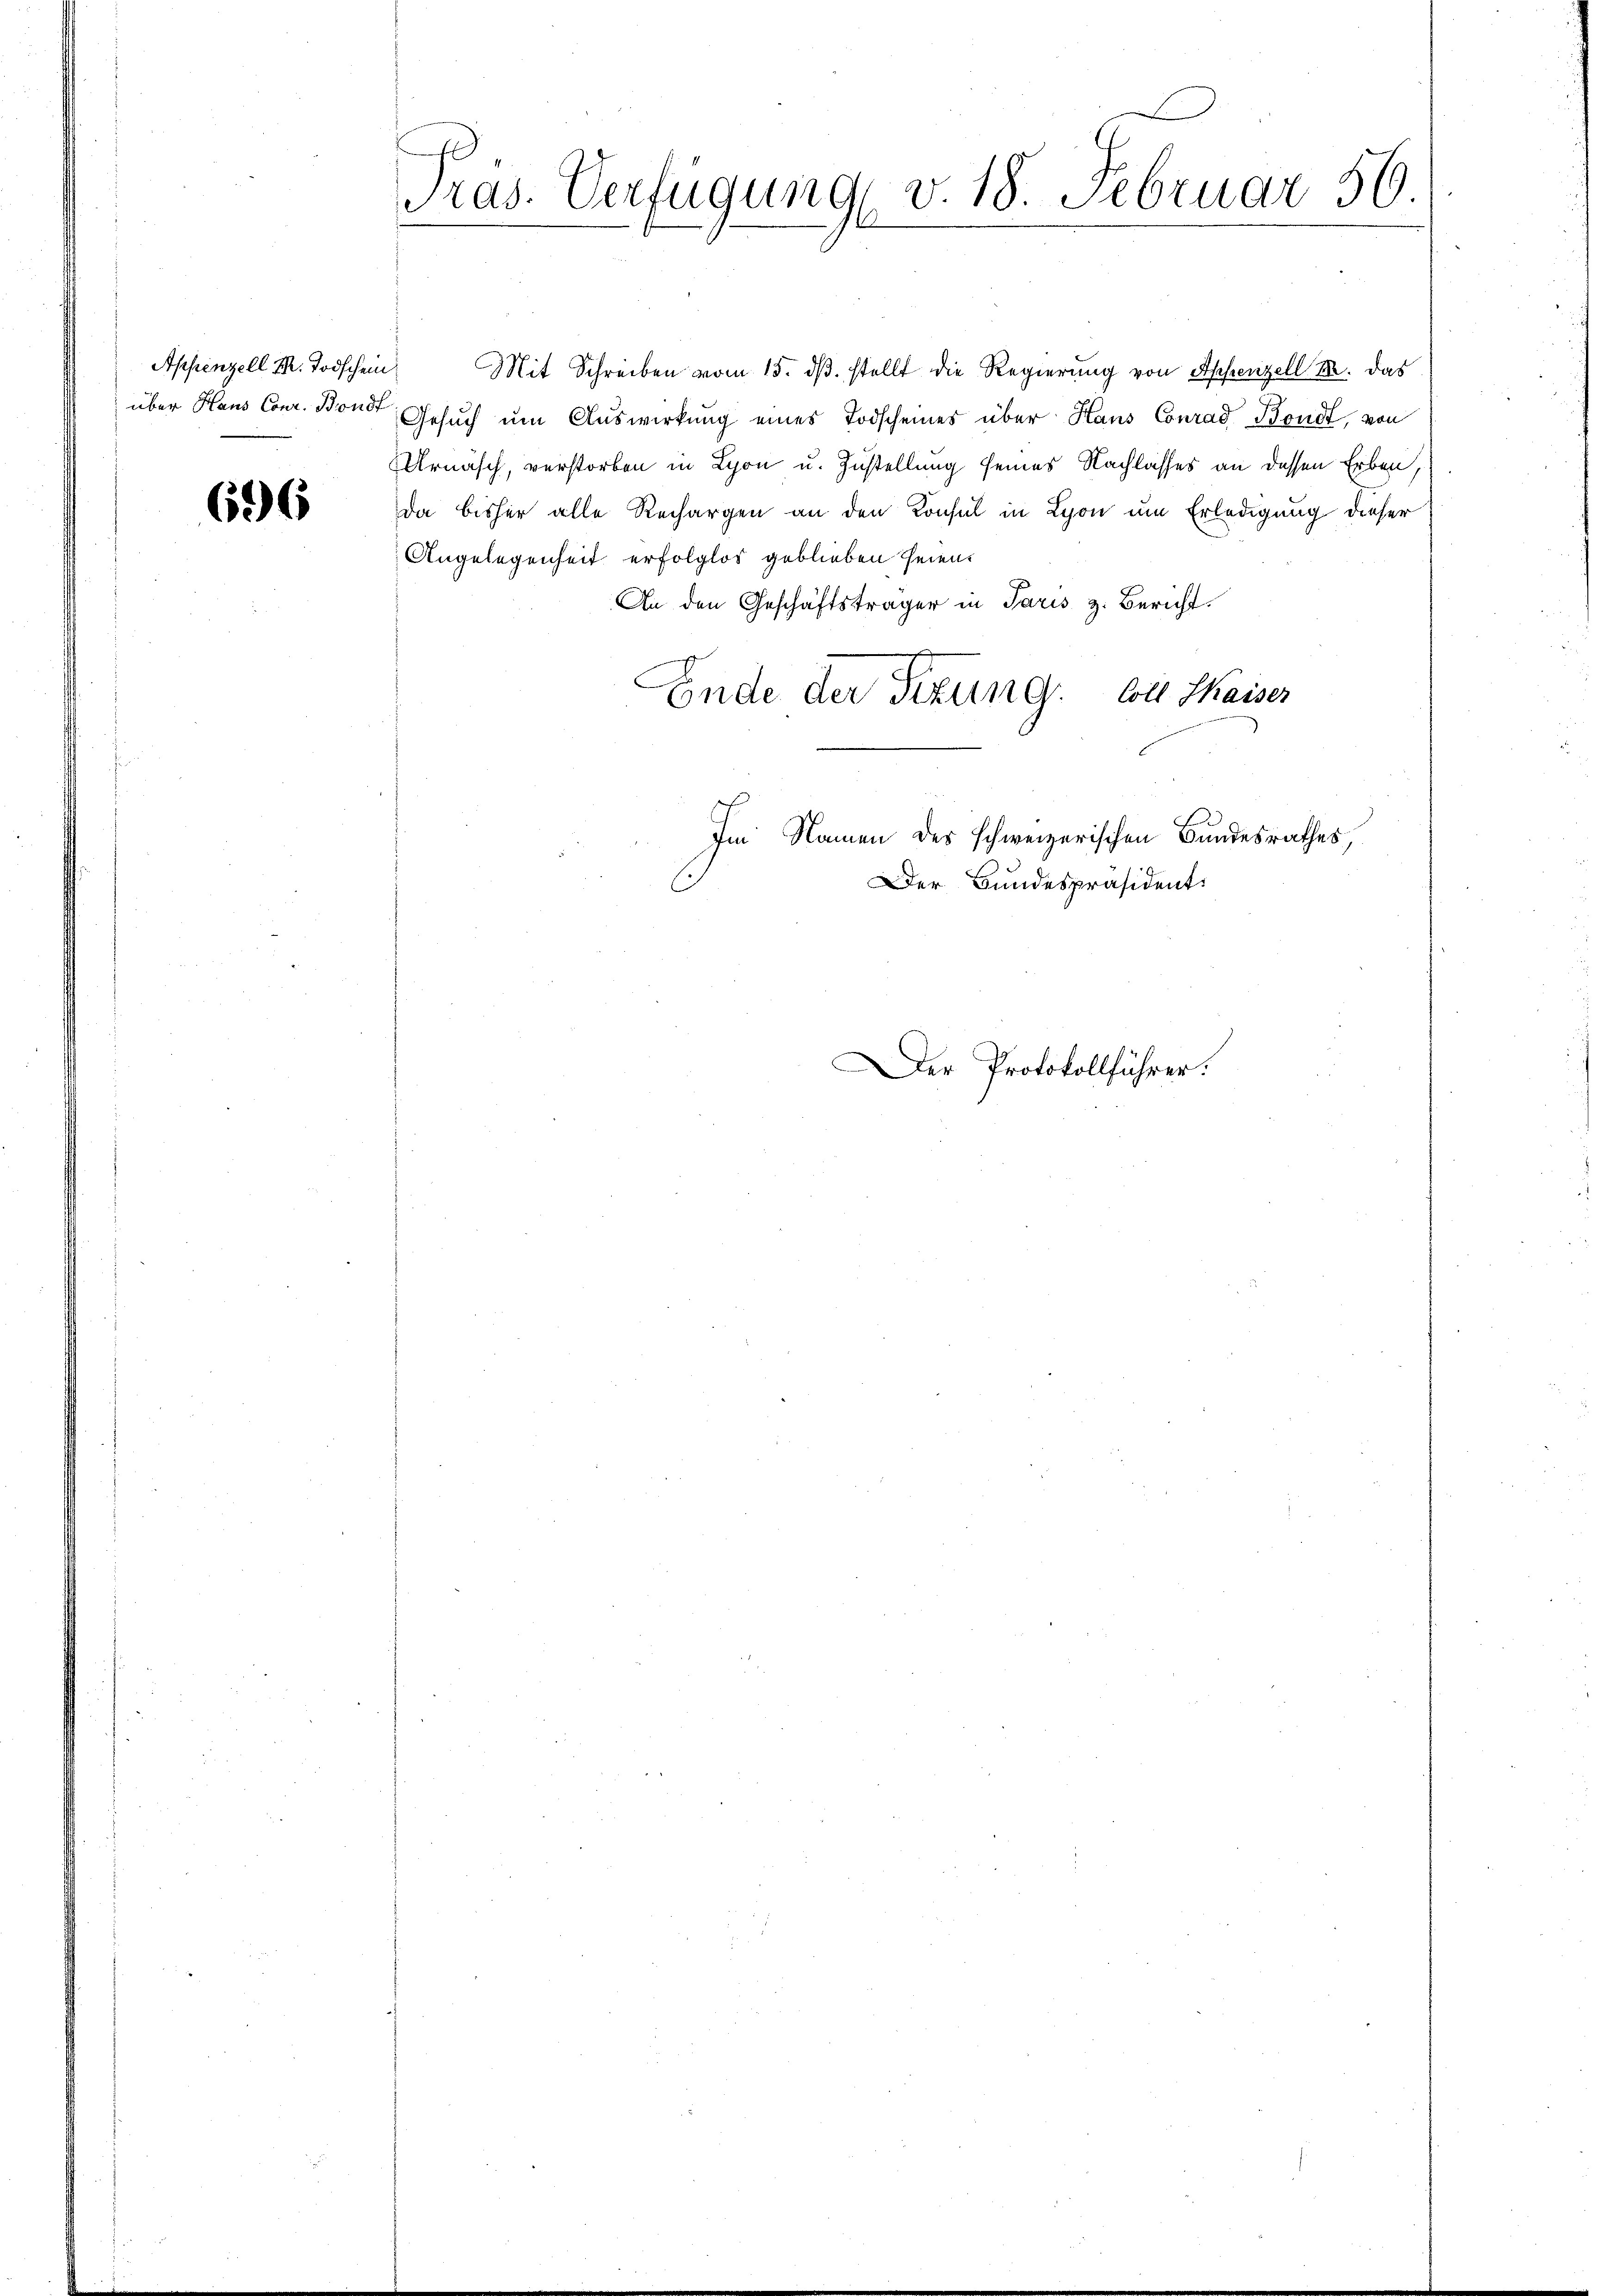
Appenzell M. Todschein
über Haus Conr. Bond.

696

Präs. Verfügung v. 18. Februar 56

Mit Schreiben vom 15. dß. stellt die Regierung von Appenzell M. das
Gesuch um Auswirkung eines Todscheines über Haus Conrad Bondt, von
Urnasch, verstorben in Lyon u. Zustellung seines Nachlasses an dessen Erben,
Da bisher alle Rechargen an den Konsul in Lyon um Erledigung dieser
Angelegenheit erfolglos geblieben seien.
An den Geschäftsträger in Paris z. Bericht.
Ende der Sitzung. Soll Kaiser
Im Namen des schweizerischen Bundesrathes
Der Bundespräsident
Der Protokollführer: